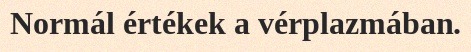
Normál értékek a vérplazmában.